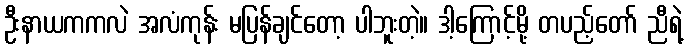
ဦးနာယကကလဲ အလံကုန်း မပြန်ချင်တော့ ပါဘူးတဲ့။ ဒါ့ကြောင့်မို့ တပည့်တော် ညီရဲ့